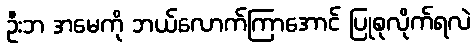
ဦးဘ အမေကို ဘယ်လောက်ကြာအောင် ပြုစုလိုက်ရလဲ